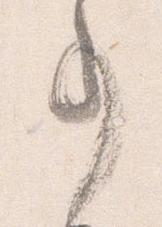
事